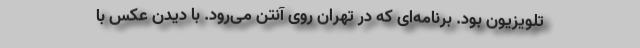
تلویزیون بود. برنامه‌ای که در تهران روی آنتن می‌رود. با دیدن عکس با